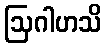
ဩဂါဟသိ